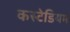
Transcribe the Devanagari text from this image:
कस्टेडियम